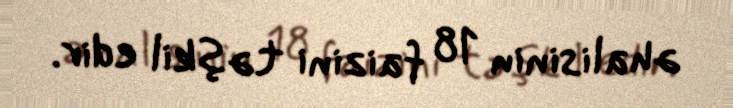
əhalisinin 18 faizini təşkil edir.